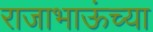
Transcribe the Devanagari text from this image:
राजाभाऊंच्या